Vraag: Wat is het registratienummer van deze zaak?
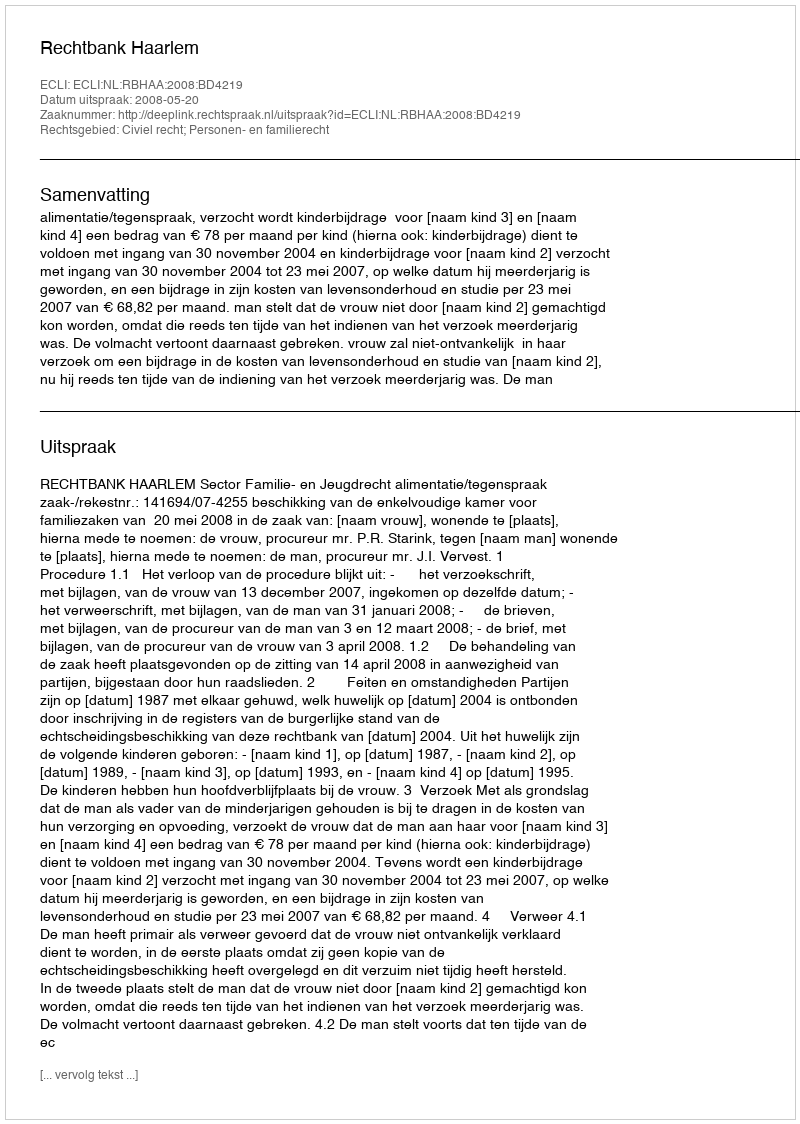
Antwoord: http://deeplink.rechtspraak.nl/uitspraak?id=ECLI:NL:RBHAA:2008:BD4219